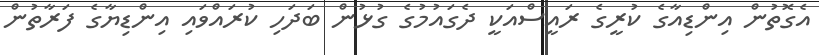
އެގޮތުން އިންޑިއާގެ ކުރީގެ ރައީސްއަކީ ދެގައުމުގެ ގުޅުން ބަދަހި ކުރައްވައި އިންޑިޔާގެ ފަރާތުން